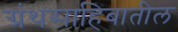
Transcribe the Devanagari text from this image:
ग्रंथसाहिबातील